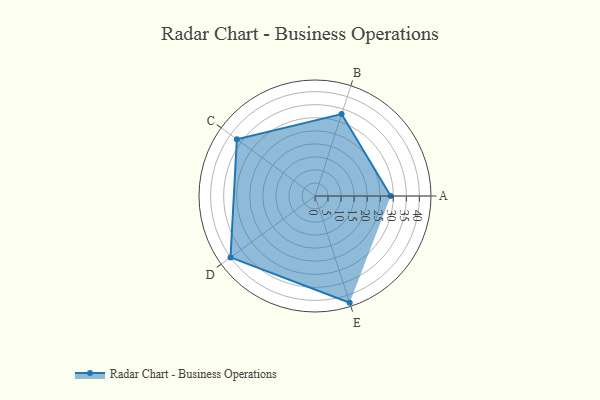
{"axis": {"x": "Skill", "y": "Score"}, "legend": ["Profile"], "data": [{"x": "A", "y": 29.0, "type": "Profile"}, {"x": "B", "y": 33.0, "type": "Profile"}, {"x": "C", "y": 37.0, "type": "Profile"}, {"x": "D", "y": 40.0, "type": "Profile"}, {"x": "E", "y": 43.0, "type": "Profile"}]}